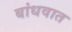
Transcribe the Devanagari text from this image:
बांधवात